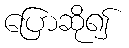
ပြောဆို၍